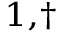
^ { 1 , \dagger }